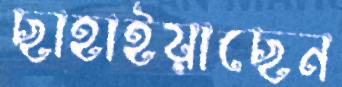
ছাহাইয়াছেন